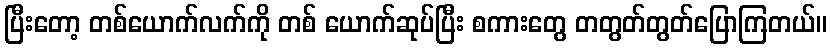
ပြီးတော့ တစ်ယောက်လက်ကို တစ် ယောက်ဆုပ်ပြီး စကားတွေ တတွတ်တွတ်ပြောကြတယ်။